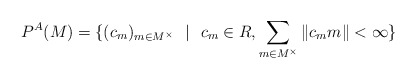
\begin{align*} P^{A}(M)=\{(c_{m})_{m \in M^{\times}} \ \ | \ \ c_{m} \in R, \sum_{m \in M^{\times}} \|c_{m}m\|<\infty \} \end{align*}